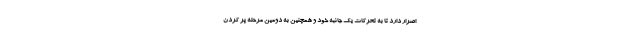
اصرار دارد تا به تحرکات یک جانبه خود و همچنین به دومین مرحله پر کردن